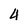
Character: 4